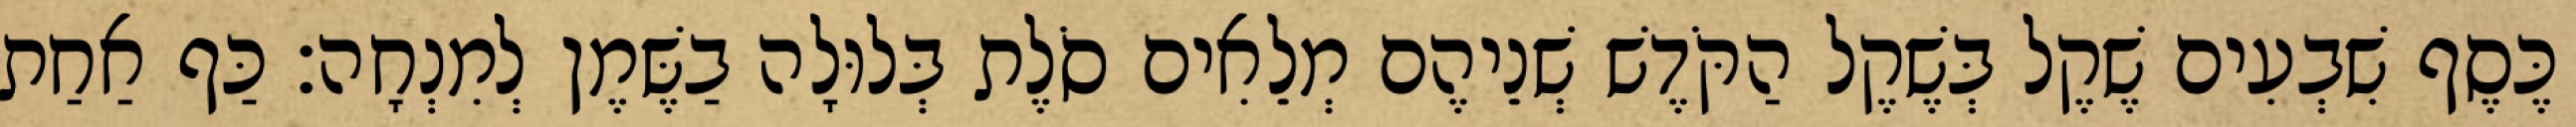
כֶּסֶף שִׁבְעִים שֶׁקֶל בְּשֶׁקֶל הַקֹּדֶשׁ שְׁנֵיהֶם מְלֵאִים סֹלֶת בְּלוּלָה בַשֶּׁמֶן לְמִנְחָה׃ כַּף אַחַת